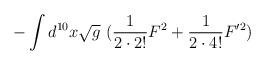
LaTeX: \begin{align*}-\int d^{10}x \sqrt{g}~(\frac{1}{2 \cdot 2!} F^2 + \frac{1}{2 \cdot 4!} F'^2)\end{align*}